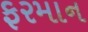
ફરમાન